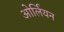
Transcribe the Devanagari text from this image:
ओर्लियन